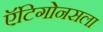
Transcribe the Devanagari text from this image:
ऍंटिगोनसला